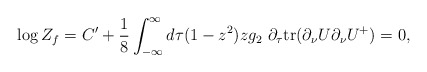
\begin{align*}\log Z_f = C' + \frac{1}{8} \int^\infty_{-\infty} d\tau (1 - z^2) z g_2 \ \partial_\tau \mbox{\rm tr}( \partial_\nu U \partial_\nu U^+) = 0,\end{align*}